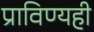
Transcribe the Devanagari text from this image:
प्राविण्यही